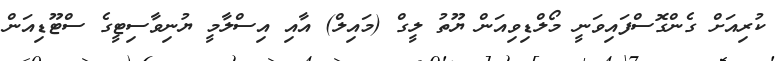
ކުރިއަށް ގެންގޮސްފައިވަނީ މޯލްޑިވިއަން ޔޫތު ލީގް (މައިލް) އާއި އިސްލާމީ ޔުނިވާސިޓީގެ ސްޓޫޑިއަން